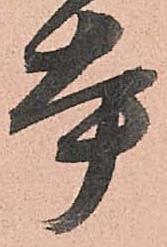
本